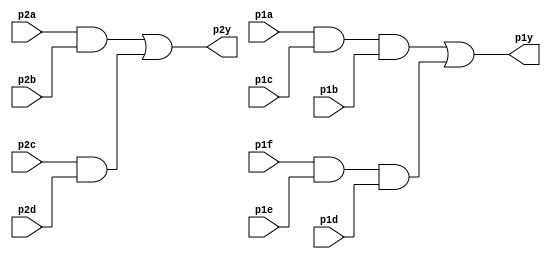
module top_module ( 
    input p1a, p1b, p1c, p1d, p1e, p1f,
    output p1y,
    input p2a, p2b, p2c, p2d,
    output p2y );

    wire L1, L2;
    wire R1, R2;

    assign L1=p2a&p2b;
    assign L2=p2c&p2d;

    assign R1=p1a&p1c&p1b;
    assign R2=p1f&p1e&p1d;

    assign p2y=L1|L2;
    assign p1y=R1|R2;


endmodule